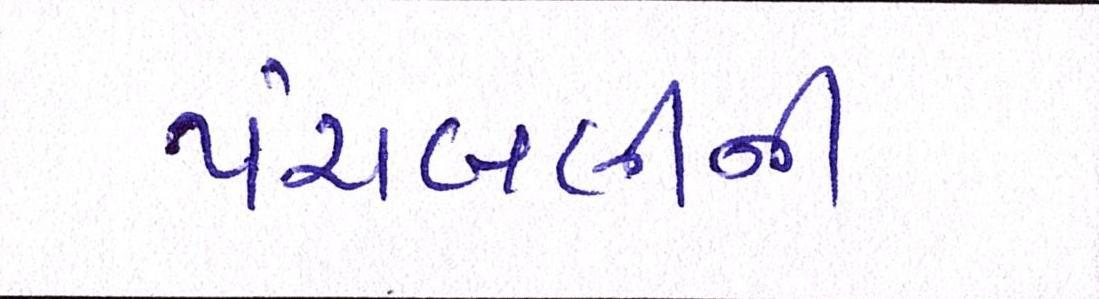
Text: પંચબલીની